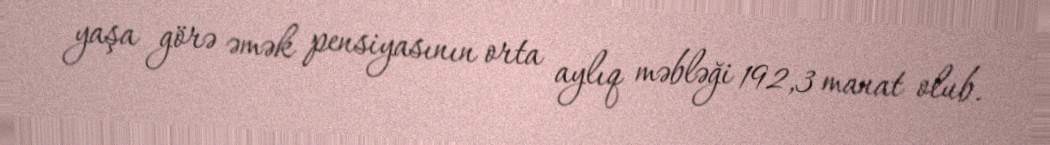
yaşa görə əmək pensiyasının orta aylıq məbləği 192,3 manat olub.